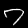
Label: 7